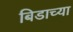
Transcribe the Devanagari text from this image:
बिडाच्या